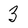
Character: 3